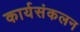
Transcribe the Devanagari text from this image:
कार्यसंकलन